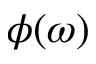
\phi ( \omega )